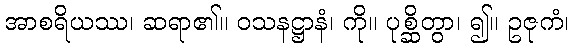
အာစရိယဿ၊ ဆရာ၏။ ဝသနဋ္ဌာနံ၊ ကို။ ပုစ္ဆိတွာ၊ ၍။ ဥဇုကံ၊